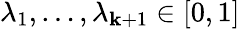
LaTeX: \lambda_{1},\dots,\lambda_{\mathbf{k}+1}\in[0,1]